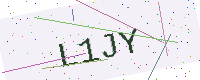
Text: L1JY